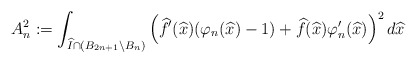
\begin{align*}A^2_n:=\int_{\widehat{I} \cap (B_{2n+1}\setminus B_n)} \left(\widehat{f}'(\widehat{x})(\varphi_n(\widehat{x})-1)+\widehat{f}(\widehat{x})\varphi'_n(\widehat{x})\right)^2d\widehat{x}\end{align*}